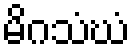
မိဂသံဃံ